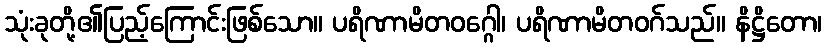
သုံးခုတို့၏ပြည့်ကြောင်းဖြစ်သော။ ပရိဏာမိတဝဂ္ဂေါ၊ ပရိဏာမိတဝဂ်သည်။ နိဋ္ဌိတော၊